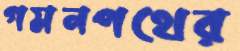
গমনপথের